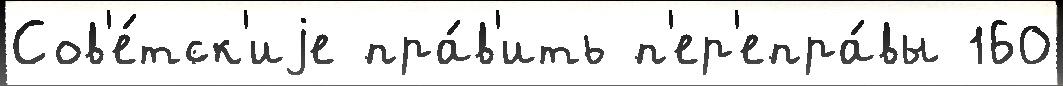
Сов'е́тск'иjе пра́в'ить п'ер'епра́вы 160